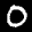
Label: 0